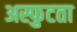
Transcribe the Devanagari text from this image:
अस्फुटता